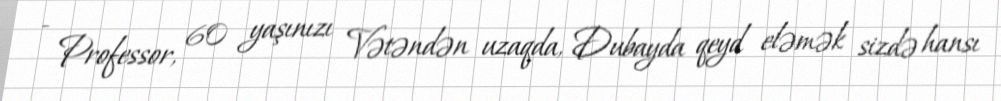
- Professor, 60 yaşınızı Vətəndən uzaqda, Dubayda qeyd eləmək sizdə hansı